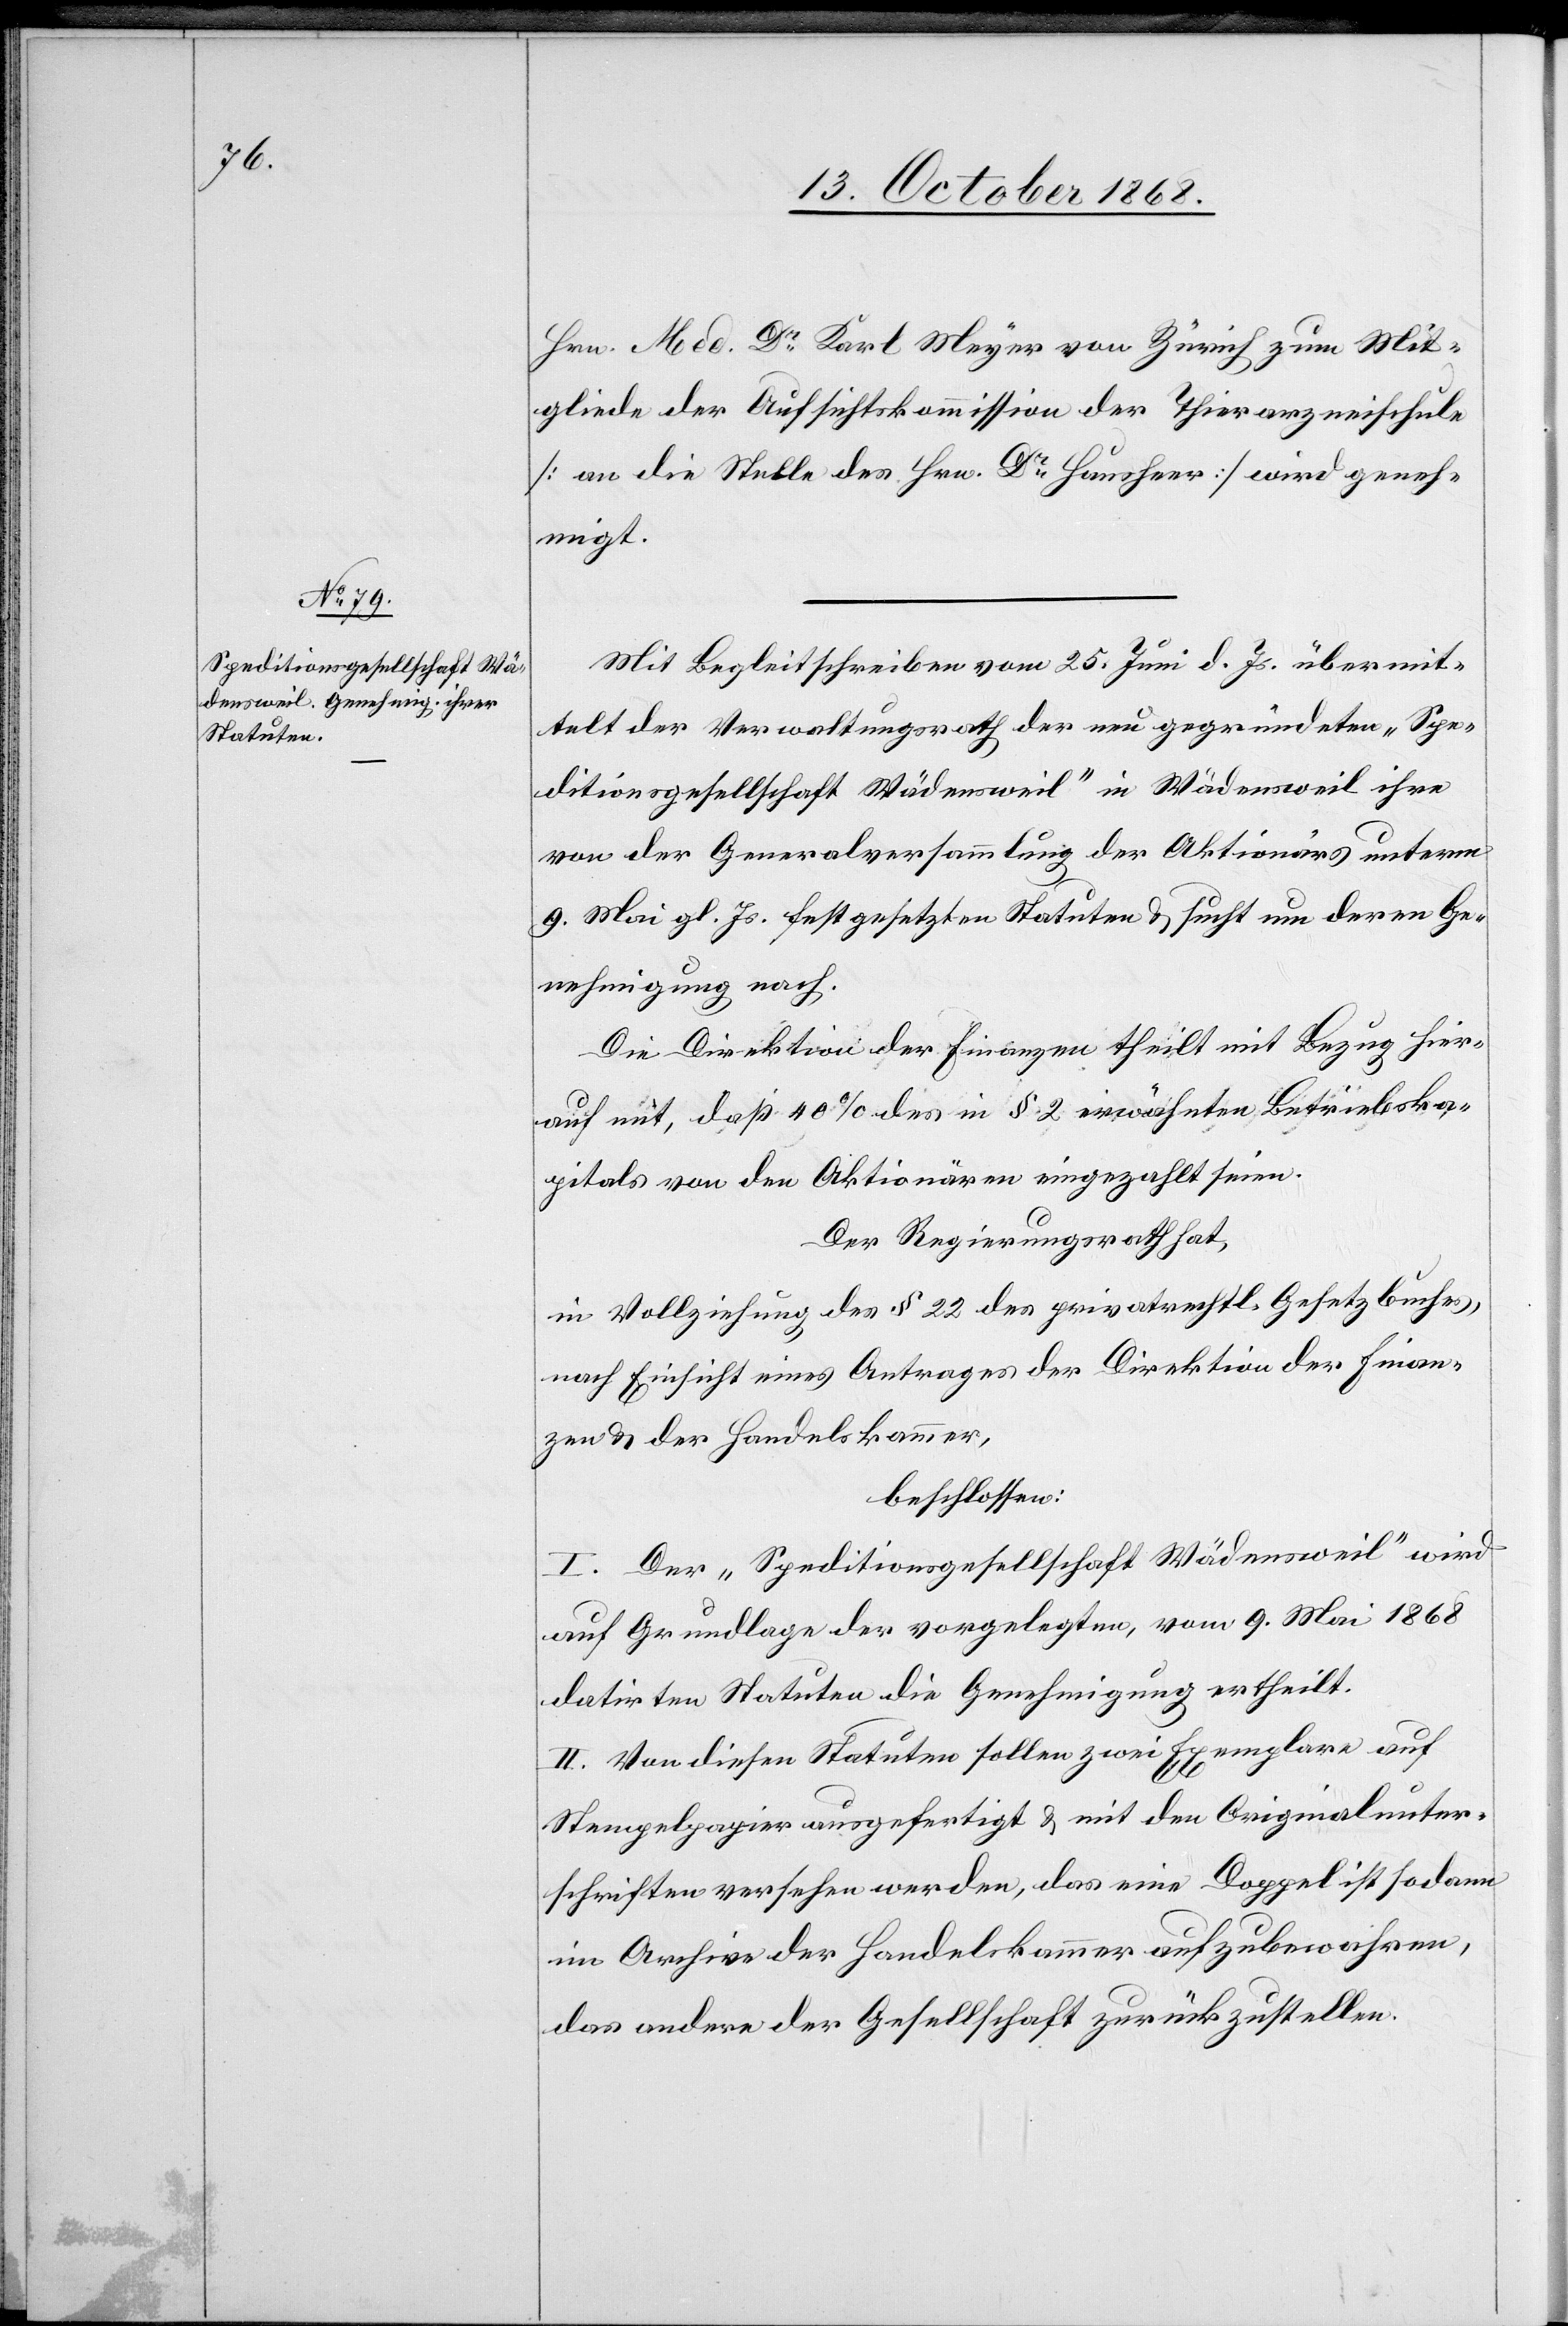
Hrn. Med. Dr Karl Meyer von Zürich zum Mit¬
gliede der Aufsichtskommission der Thierarzneischule
[an die Stelle des Hrn. Dr Hausheer] wird geneh¬
migt.
Mit Begleitschreiben vom 25. Juni d. Js. übermit¬
telt der Verwaltungsrath der neu gegründeten „Spe¬
ditionsgesellschaft Wädensweil“ in Wädensweil ihre
von der Generalversammlung der Aktionärs unterm
9. Mai gl. Js. festgesetzten Statuten & sucht um deren Ge¬
nehmigung nach.
Die Direktion der Finanzen theilt mit Bezug hier¬
auf mit, daß 40% des in § 2 erwähnten Betriebska¬
pitals von den Aktionären eingezahlt seien.
Der Regierungsrath hat,
in Vollziehung des § 22 des privatrechtl. Gesetzbuches,
nach Einsicht eines Antrages der Direktion der Finan¬
zen & der Handelskammer,
beschlossen:
I. Der „Speditionsgesellschaft Wädensweil“ wird
auf Grundlage der vorgelegten, vom 9. Mai 1868
datirten Statuten die Genehmigung ertheilt.
II. Von diesen Statuten sollen zwei Exemplare auf
Stempelpapier ausgefertigt & mit den Originalunter¬
schriften versehen werden, das eine Doppel ist sodann
im Archive der Handelskammer aufzubewahren,
das andere der Gesellschaft zurückzustellen.